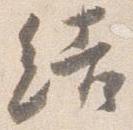
結